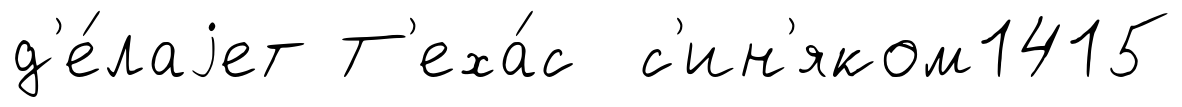
д'е́лаjет Т'еха́с с'ин'яком1415